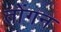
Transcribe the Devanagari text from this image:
तोंगन